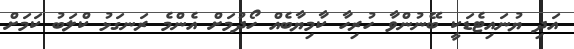
އަދި ޔުނައިޓެޑަކީ ބޭނުންވާ ހުރިހާ ކާމިޔާބެއް ހޯދުމަށް އެންމެ ރަނގަޅު ކްލަބު ކަމަށް